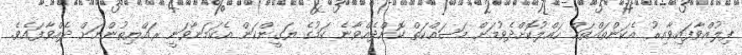
ފިލުއްވާފައިވާއިރު އެކަންތައްތައް ހައްލުކޮށްދެވުމަށް މަސައްކަތް ކޮށްދެއްވާނެ ކަމުގެ ޔަގީންކަން އެކަމަނާވަނީ ރައްޔިތުންނަށް ދެއްވާފައެވެ.